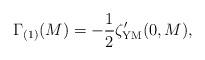
LaTeX: \begin{align*}\Gamma_{(1)}(M)=-{1\over 2}\zeta'_{\rm YM}(0, M),\end{align*}